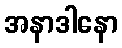
အနာဒါနော